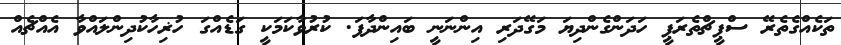
ތަކެއްގެތެރޭ ސްޕީޗްތެރަޕީ ހަދަންގެންދިޔަ މަގޭދަރި އިންނަނީ ބައިންދާފަ. ކުރުވާކަމަކީ ގަޑެއްގަ ހުޜިހާކުދިންލައްވާ އެއްޗެއް